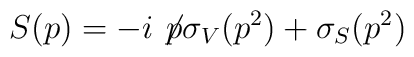
S(p)= -i \not\! p \sigma_V(p^2)+\sigma_S(p^2)